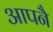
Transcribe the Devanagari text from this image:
आपनै